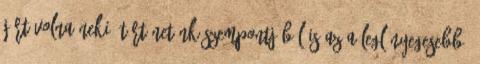
járt volna neki. Történetünk szempontjából is az a leglényegesebb,